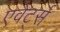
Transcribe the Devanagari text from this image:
एवेर्ट्स